Medical and sanitary report of the native army of Madras for the year
Year: 1878
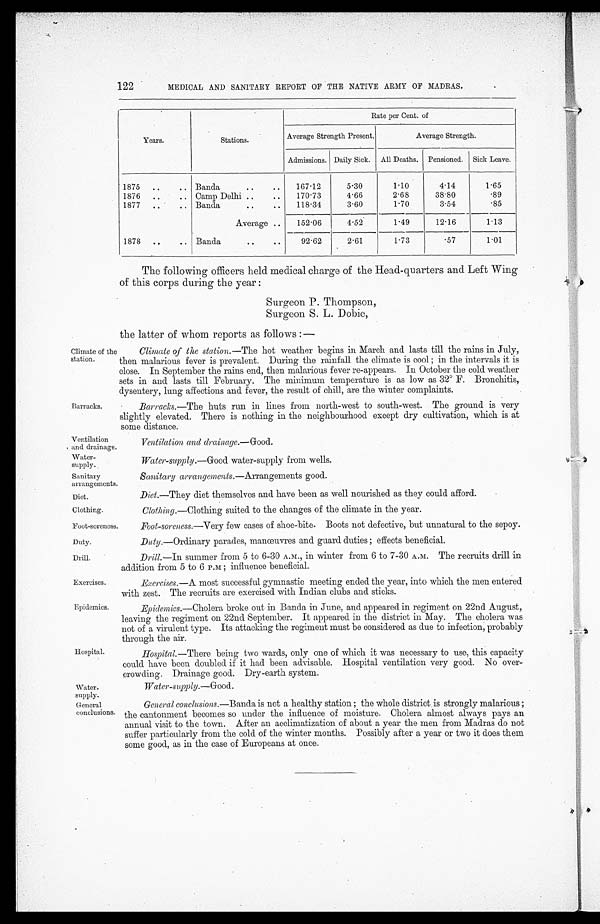
Ventilation
and drainage.
Water-
supply.
Sanitary
arrangements.
Diet.
Clothing.
Foot-soreness.
Duty.
Drill.
Exercises.
Epidemics.
122
MEDICAL AND SANITARY REPORT OF THE NATIVE ARMY OF MADRAS.
Years.
Stations.
Rate per Cent. of
Average Strength Present.
Average Strength.
Admissions. Daily Sick. All Deaths. Pensioned. Sick Leave.
1875 ..
.. Banda
.. ..
167.12
5.30
1.10
4.14
1.65
1876 ..
.. Camp Delhi ..
..
170 . 73
4.66
2.68
38.80
.89
1877 ..
.. Banda
.. ..
118.34
3.60
1.70
3.54
. 8 5
Average ..
152.06
4.52
1.49
12.16
1.13
1878 ..
.. Banda
.. ..
92.62
2.61
1.73
.57
1.01
The following officers held medical charge of the Head-quarters and Left Wing
of this corps during the year :
Surgeon P. Thompson,
Surgeon S. L. Dobie,
the latter of whom reports as follows :—
Climate of the
station.
Climate of the station.— The hot weather begins in March and lasts till the rains in July,
then malarious fever is prevalent. During the rainfall the climate is cool; in the intervals it is
close. In September the rains end, then malarious fever re-appears. In October the cold weather
sets in and lasts till February. The minimum temperature is as low as 32° F. Bronchitis,
dysentery, lung affections and fever, the result of chill, are the winter complaints.
Barracks.
Barracks.—The huts run in lines from north-west to south-west. The ground is very
slightly elevated. There is nothing in the neighbourhood except dry cultivation, which is at
some distance.
Ventilation and drainage.— Good.
Water-supply.— Good water-supply from wells.
Sanitary arrangements.—Arrangements good.
Diet.—They diet themselves and have been as well nourished as they could afford.
Clothing .—Clothing suited to the changes of the climate in the year.
Foot-soreness.—Very few cases of shoe-bite. Boots not defective, but unnatural to the sepoy.
Duty .—Ordinary parades, manœuvres and guard duties ; effects beneficial.
Hospital.
Drill.—In summer from 5 to 6-30 A.M., in winter from 6 to 7-30 A.M. The recruits drill in
addition from 5 to 6 P.M ; influence beneficial.
Exercises.— A. most successful gymnastic meeting ended the year, into which the men entered
with zest. The recruits are exercised with Indian clubs and sticks.
Epidemics.— Cholera broke out in Banda in June, and appeared in regiment on 22nd August,.
leaving the regiment on 22nd September. It appeared in the district in May. The cholera was
not of a virulent type. Its attacking the regiment must be considered as due to infection, probably
through the air.
Hospital.— There being two wards, only one of which it was necessary to use, this capacity
could have been doubled if it had been advisable. Hospital ventilation very good. No over
-crowding. Drainage good. Dry-earth system.
Water.
supply.
Water-supply.— Good.
General
conclusions.
General conclusions.— Banda is not a healthy station ; the whole district . is strongly malarious ;
the cantonment becomes so under the influence of moisture. Cholera almost always pays an
annual visit to the town. After an acclimatization of about a year the men from Madras do not
suffer particularly from the cold of the winter months. Possibly after a year or two it does them
some good, as in the case of Europeans at once.